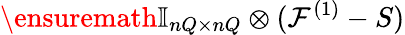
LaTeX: \ensuremath{\mathbb{I}_{nQ\times nQ}}\otimes(\mathcal F^{(1)}-S)